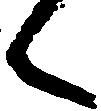
く